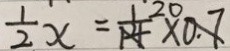
\frac { 1 } { 2 } x = \frac { 1 } { 1 4 } \times 0 . 7